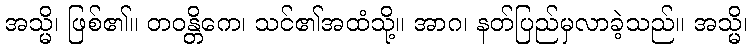
အသ္မိ၊ ဖြစ်၏။ တဝန္တိကေ၊ သင်၏အထံသို့။ အာဂ၊ နတ်ပြည်မှလာခဲ့သည်။ အသ္မိ၊